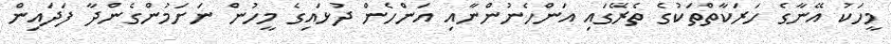
މީހަކު އޭނާގެ ހަރަކާތްތަކުގެ ތެރޭގައި އަންހެނުންނާއި އަންހެން ދުޅައިގެ މީހުން ނަށަމުންގެންދާ ފަދައިން